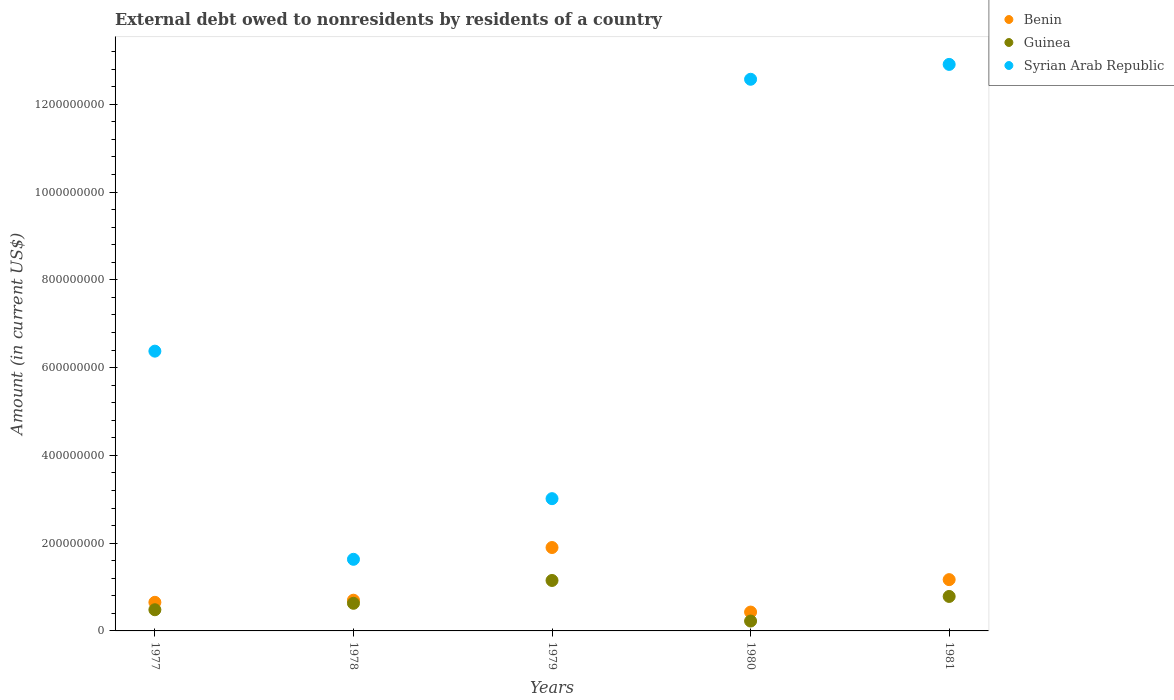
| Years | Benin | Guinea | Syrian Arab Republic |
 | --- | --- | --- | --- |
 | 1977 | 6.52e+07 | 4.82e+07 | 6.37e+08 |
 | 1978 | 7e+07 | 6.29e+07 | 1.63e+08 |
 | 1979 | 1.9e+08 | 1.15e+08 | 3.01e+08 |
 | 1980 | 4.3e+07 | 2.25e+07 | 1.26e+09 |
 | 1981 | 1.17e+08 | 7.85e+07 | 1.29e+09 |